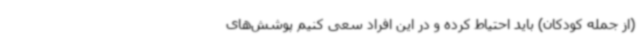
(از جمله کودکان) باید احتیاط کرده و در این افراد سعی کنیم پوشش‌های